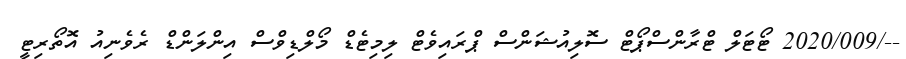
--/2020/009 ޓޯޓަލް ޓްރާންސްޕޯޓް ސޮލިއުޝަންސް ޕްރައިވެޓް ލިމިޓެޑް މޯލްޑިވްސް އިންލަންޑް ރެވެނިއު އޮތޯރިޓީ